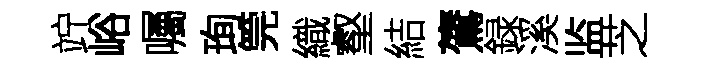
竚峪囑珣筦織壑結鷟録溪监芝